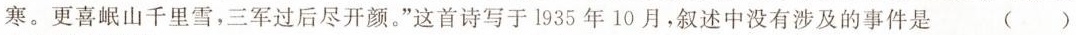
寒。更喜岷山千里雪，三军过后尽开颜。”这首诗写于1935年10月，叙述中没有涉及的事件是 （）